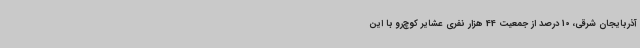
آذربایجان شرقی، 10 درصد از جمعیت 44 هزار نفری عشایر کوچ‌رو با این